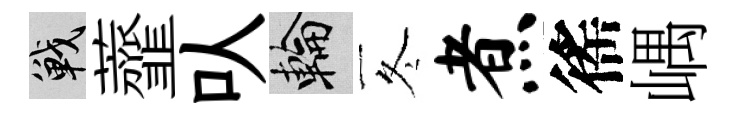
戰虀㕥輪冬煮徭嵎